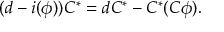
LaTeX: ( d - i ( \phi ) ) C ^ { * } = d C ^ { * } - C ^ { * } ( C \phi ) .